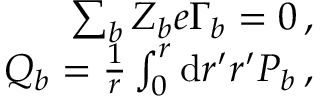
\begin{array} { r } { \sum _ { b } Z _ { b } e \Gamma _ { b } = 0 \, , } \\ { Q _ { b } = \frac { 1 } { r } \int _ { 0 } ^ { r } \mathrm { d } r ^ { \prime } r ^ { \prime } P _ { b } \, , } \end{array}